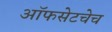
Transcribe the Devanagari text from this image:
ऑफसेटचेच